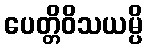
ပေတ္တိဝိသယမ္ပိ